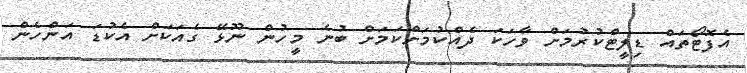
އެފޮޓޯތައް ޑިލީޓްކުރުމަށް ވާހަކަ ދެއްކުމަށްކަމަށް ބުނެ މީހުން ނޫޅޭ ގެއަކަށް އެކުޑަ އަންހެން